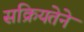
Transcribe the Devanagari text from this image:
सक्रियतेने